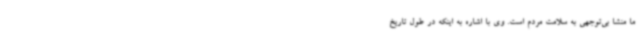
ما منشا بی‌توجهی به سلامت مردم است. وی با اشاره به اینکه در طول تاریخ